Indian journal of veterinary science and animal husbandry - Volume 6,
Year: 1936
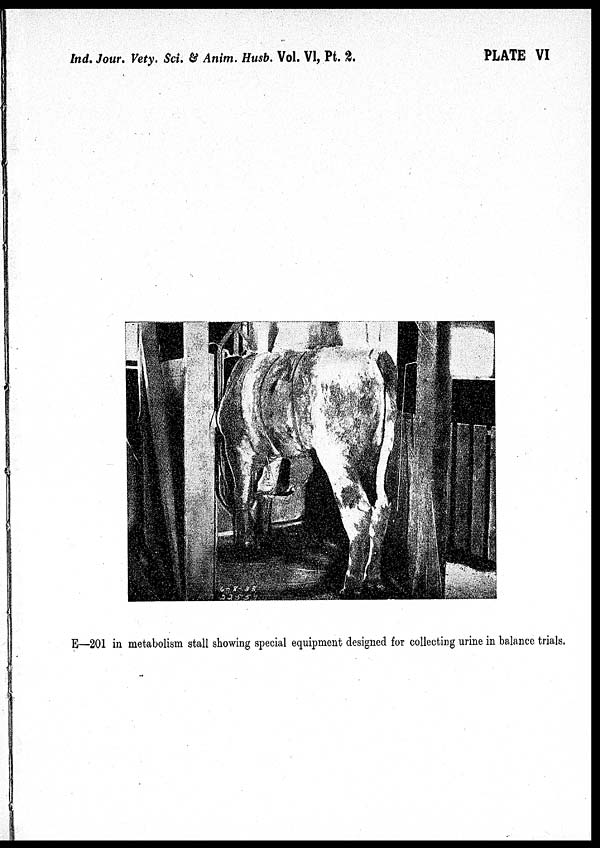
Ind. Jour. Vety. Sci. & Anim. Husb. Vol. VI, Pt.
2.
PLATE VI
E—201 in metabolism stall showing special equipment designed for collecting urine in balance trials.